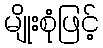
မျိုးစုံဖြင့်